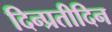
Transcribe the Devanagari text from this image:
दिन्प्रतीदिन